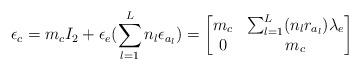
LaTeX: \begin{align*} \epsilon_c&=m_cI_2+ \epsilon_e(\sum_{l=1}^Ln_l\epsilon_{a_l}) =\begin{bmatrix} m_c&\sum_{l=1}^L(n_l{r_{a_l}})\lambda_e\\ 0&m_c \end{bmatrix} \end{align*}